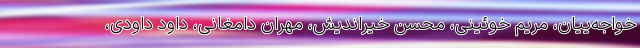
خواجه‌ییان، مریم خوئینی، محسن خیراندیش، مهران دامغانی، داود داودی،